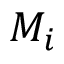
M _ { i }